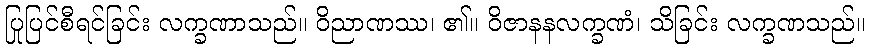
ပြုပြင်စီရင်ခြင်း လက္ခဏာသည်။ ဝိညာဏဿ၊ ၏။ ဝိဇာနနလက္ခဏံ၊ သိခြင်း လက္ခဏသည်။